Language: tamil
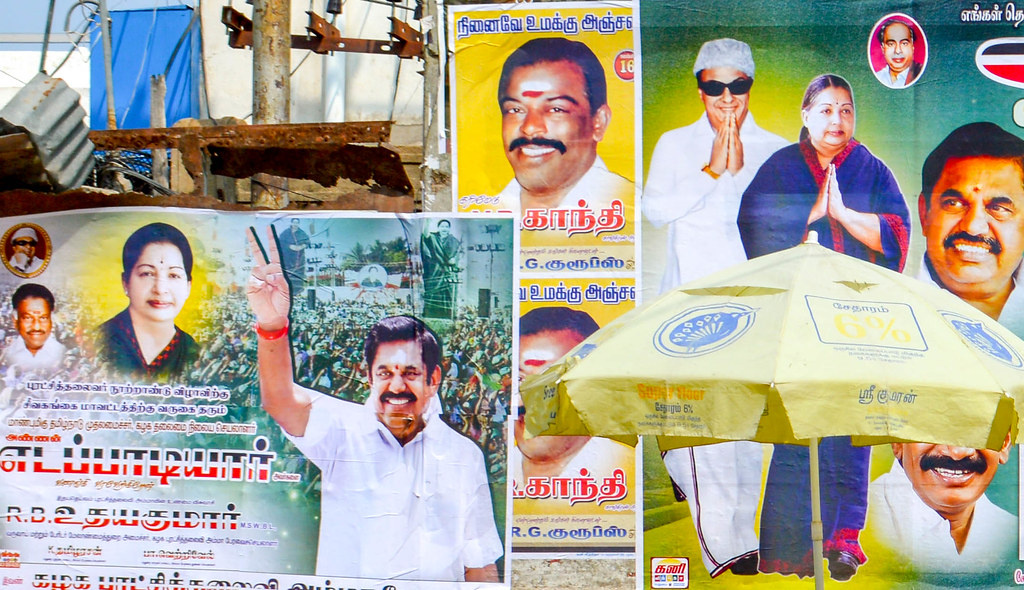
Transcription: ப அஞ்சல் நினைவே உமக்கு அஞ்ச எங்கள் தெ உமக்கு காந்தி குரூப்ஸ் கனி எடப்பாடியாா் ௨தயகுமாா் காந்தி